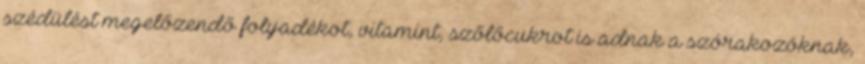
szédülést megelőzendő folyadékot, vitamint, szőlőcukrot is adnak a szórakozóknak,